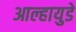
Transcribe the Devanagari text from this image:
आल्हायुडे